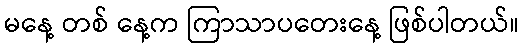
မနေ့ တစ် နေ့က ကြာသာပတေးနေ့ ဖြစ်ပါတယ်။